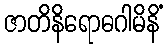
ဇာတိနိရောဓဂါမိနိံ